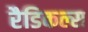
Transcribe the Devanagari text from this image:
रैडिकल्स